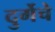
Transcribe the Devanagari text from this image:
दुर्गेचे